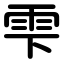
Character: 雫